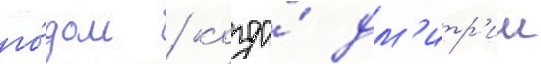
го́дом / когда́ дм'итр'ии